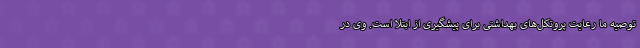
توصیه ما رعایت پروتکل‌های بهداشتی برای پیشگیری از ابتلا است. وی در